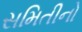
સમિતીનો